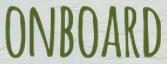
ONBOARD